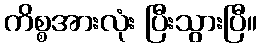
ကိစ္စအားလုံး ပြီးသွားပြီ။